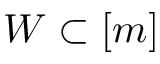
W \subset [ m ]